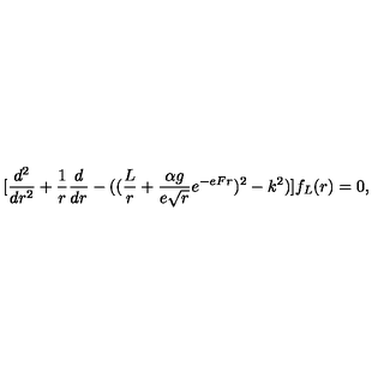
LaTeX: [ { \frac { d ^ { 2 } } { d r ^ { 2 } } } + { \frac { 1 } { r } } { \frac { d } { d r } } - ( ( { \frac { L } { r } } + { \frac { \alpha g } { e \sqrt r } } e ^ { - e F r } ) ^ { 2 } - k ^ { 2 } ) ] f _ { L } ( r ) = 0 ,